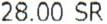
28.00 SR